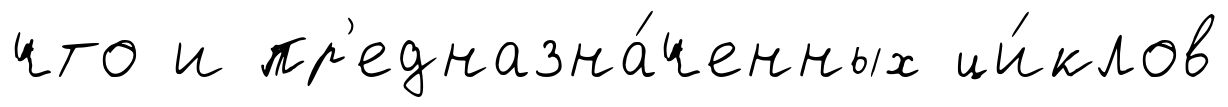
что и пр'едназна́ченных ци́клов